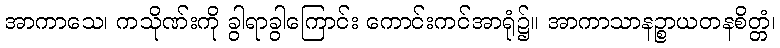
အာကာသေ၊ ကသိုဏ်းကို ခွါရာခွါကြောင်း ကောင်းကင်အာရုံ၌။ အာကာသာနဉ္စာယတနစိတ္တံ၊